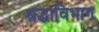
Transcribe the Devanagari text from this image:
श्रद्धाविभाग